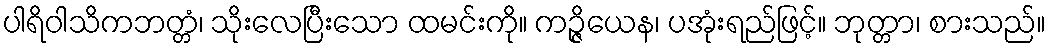
ပါရိဝါသိကဘတ္တံ၊ သိုးလေပြီးသော ထမင်းကို။ ကဉ္ဇိယေန၊ ပအုံးရည်ဖြင့်။ ဘုတ္တာ၊ စားသည်။